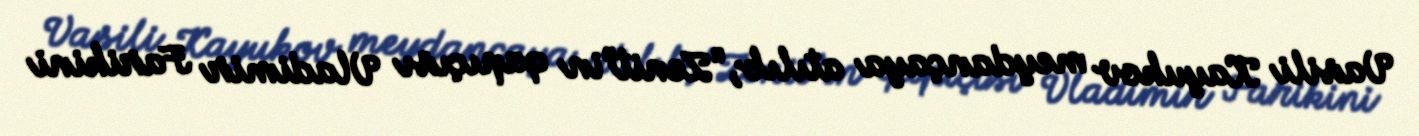
Vasili Kayukov meydançaya atılıb, “Zenit”in qapıçısı Vladimir Farikini